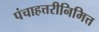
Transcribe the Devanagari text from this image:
पंचाहत्तरीनिमित्त